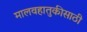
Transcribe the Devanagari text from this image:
मालवहातुकीसाठी